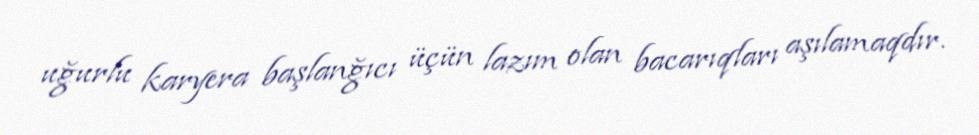
uğurlu karyera başlanğıcı üçün lazım olan bacarıqları aşılamaqdır.